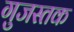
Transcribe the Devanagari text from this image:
गुजस्तक